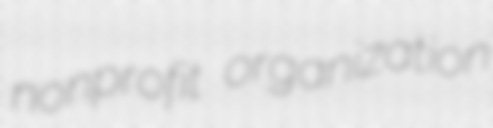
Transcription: nonprofit organization